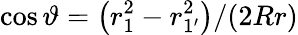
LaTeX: {\cos\vartheta=\bigl(r_{1}^{2}-r_{1^{\prime}}^{2}\bigr)/(2Rr)}